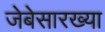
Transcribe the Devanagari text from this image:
जेबेसारख्या